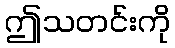
ဤသတင်းကို